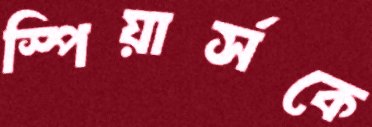
স্পিয়ার্সকে